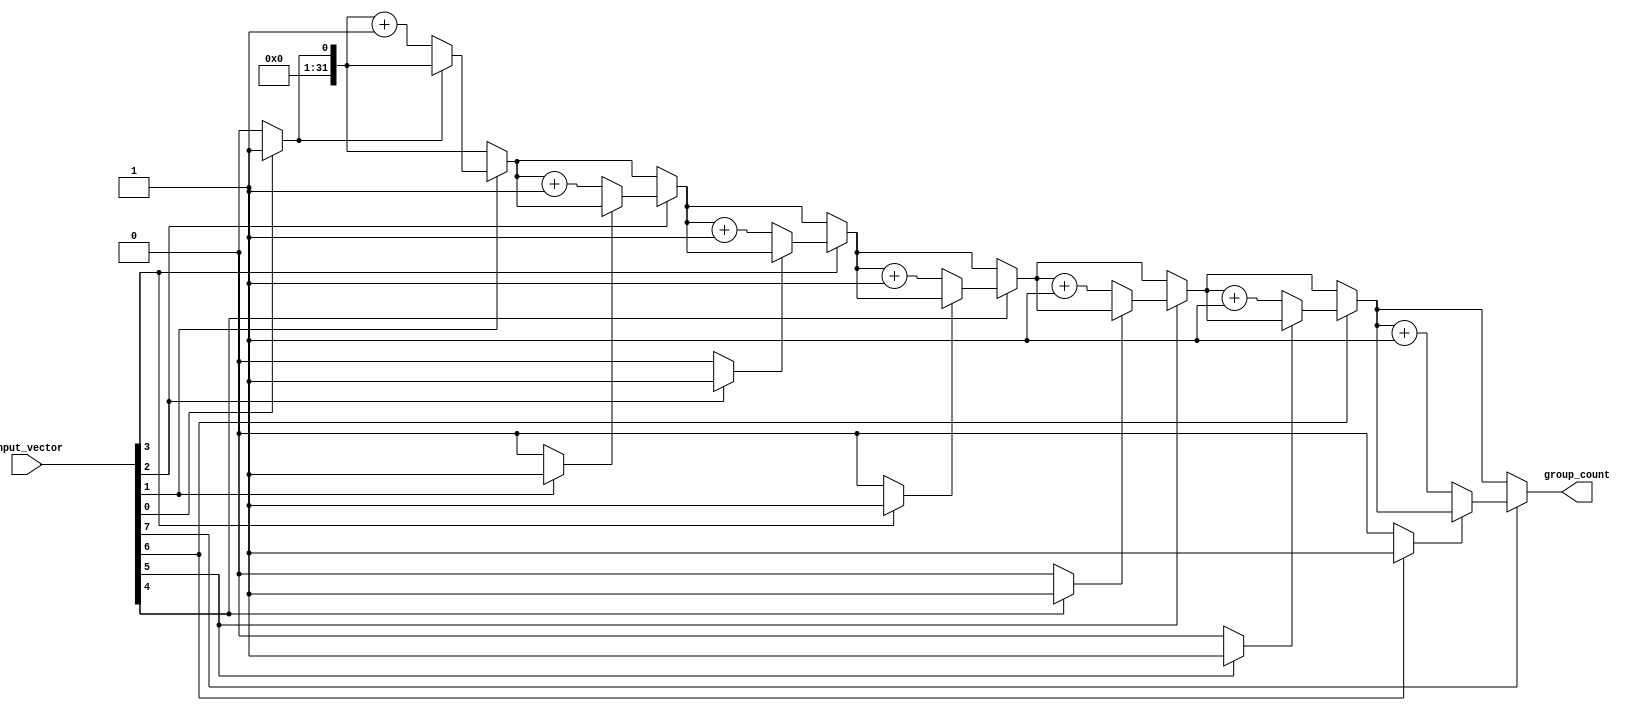
module group_counter #(parameter N = 8) (
    input  wire [N-1:0] input_vector,
    output reg  [31:0]  group_count
);

    integer i;
    reg in_group;

    always @* begin
        // Initialize group_count and in_group
        group_count = 0;
        in_group = 0;

        // Traverse the input_vector
        for (i = 0; i < N; i = i + 1) begin
            if (input_vector[i] == 1'b1) begin
                if (in_group == 0) begin
                    // Start of a new group
                    group_count = group_count + 1;
                    in_group = 1; // Set in_group to true
                end
            end else begin
                // Current bit is '0', end of any group
                in_group = 0; // Set in_group to false
            end
        end
    end

endmodule